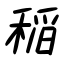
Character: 稲